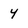
Character: y